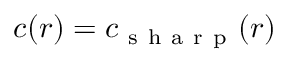
c ( r ) = c _ { \mathrm { ~ s ~ h ~ a ~ r ~ p ~ } } ( r )